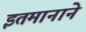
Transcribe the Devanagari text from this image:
इतमानाने